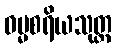
ဓမ္မစရိယသုတ္တ